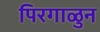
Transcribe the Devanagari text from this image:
पिरगाळुन